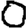
Digit: 0